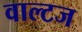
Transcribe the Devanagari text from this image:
वाल्टज